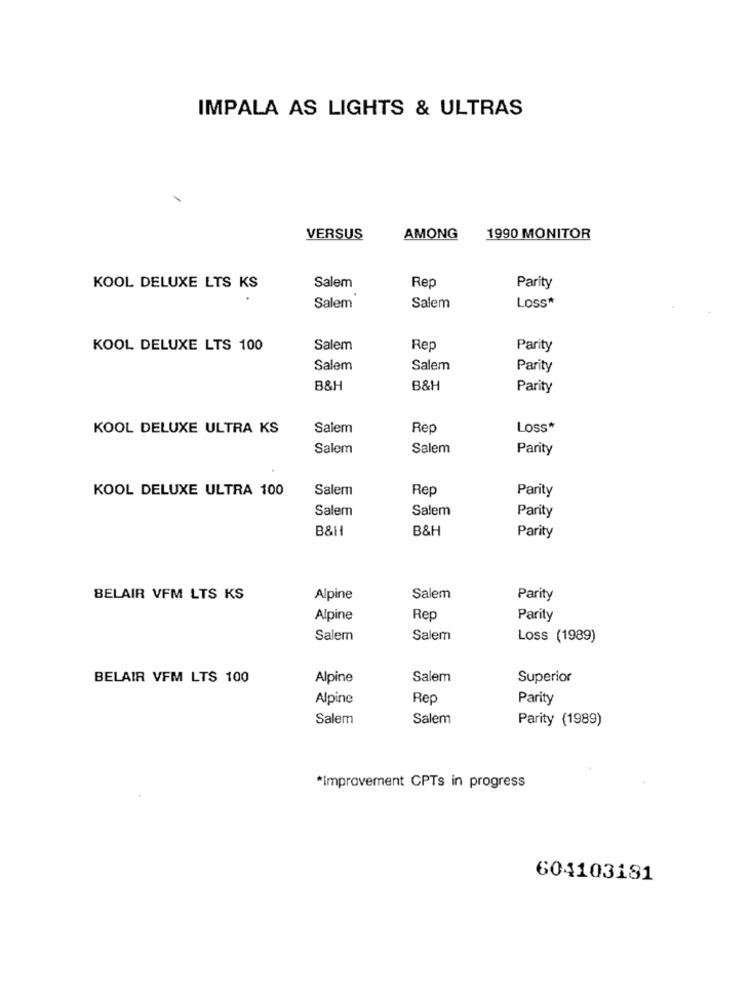
IMPALA AS LIGHTS & ULTRAS
VERSUS
AMONG
1990 MONITOR
KOOL DELUXE LTS KS
Salem
Rep
Parity
Salem
Salem
Loss*
KOOL DELUXE LTS 100
Salem
Rep
Parity
Salem
Salem
Parity
B&H
B&H
Parity
KOOL DELUXE ULTRA KS
Salem
Rep
Loss*
Salem
Salem
Parity
KOOL DELUXE ULTRA 100
Salem
Rep
Parity
Salem
Salem
Parity
B&H
B&H
Parity
BELAIR VFM LTS KS
Alpine
Salem
Parity
Alpine
Rep
Parity
Salem
Salem
Loss (1989)
BELAIR VFM LTS 100
Alpine
Salem
Superior
Alpine
Rep
Parity
Salem
Salem
Parity (1989)
*Improvement CPTs in progress
604103181